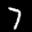
Label: 7